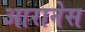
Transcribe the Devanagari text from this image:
आरानेस